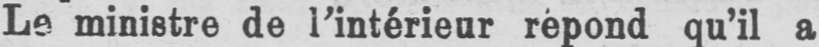
Le ministre de l’intérieur répond qu’il a